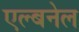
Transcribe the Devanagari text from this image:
एल्बनेल